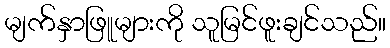
မျက်နှာဖြူများကို သူမြင်ဖူးချင်သည်။